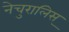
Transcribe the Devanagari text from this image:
नेचुरालिस्